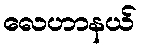
လေဟာနယ်